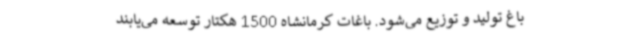
باغ تولید و توزیع می‌شود. باغات کرمانشاه 1500 هکتار توسعه می‌یابند